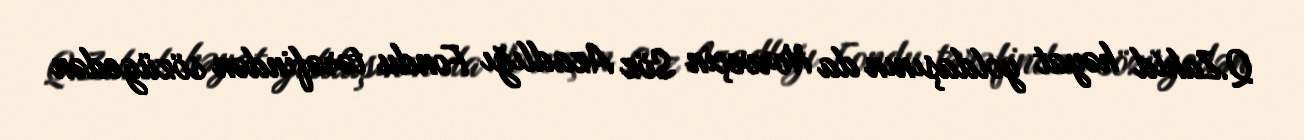
Q.Zahid həyat yoldaşının da Norveçin Söz Azadlığı Fondu tərəfindən sözügedən